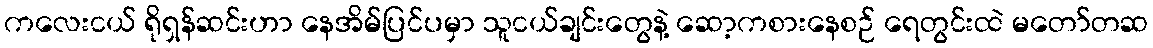
ကလေးငယ် ရိုရှန်ဆင်းဟာ နေအိမ်ပြင်ပမှာ သူငယ်ချင်းတွေနဲ့ ဆော့ကစားနေစဉ် ရေတွင်းထဲ မတော်တဆ